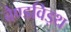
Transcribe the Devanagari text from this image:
बैण्डविड्थ